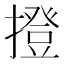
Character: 撜